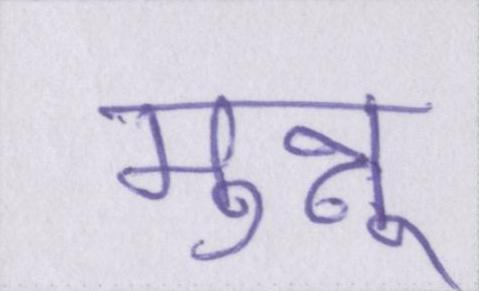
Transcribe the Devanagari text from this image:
मुन्नू